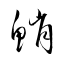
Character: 鮹